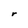
Character: r